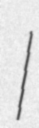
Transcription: I